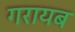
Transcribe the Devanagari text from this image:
गरायब